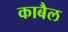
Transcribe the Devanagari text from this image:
काबैल